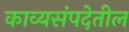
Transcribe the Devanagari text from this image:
काव्यसंपदेतील